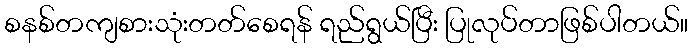
စနစ်တကျစားသုံးတတ်စေရန် ရည်ရွယ်ပြီး ပြုလုပ်တာဖြစ်ပါတယ်။